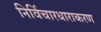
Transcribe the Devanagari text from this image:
निर्विचारधाराकरण